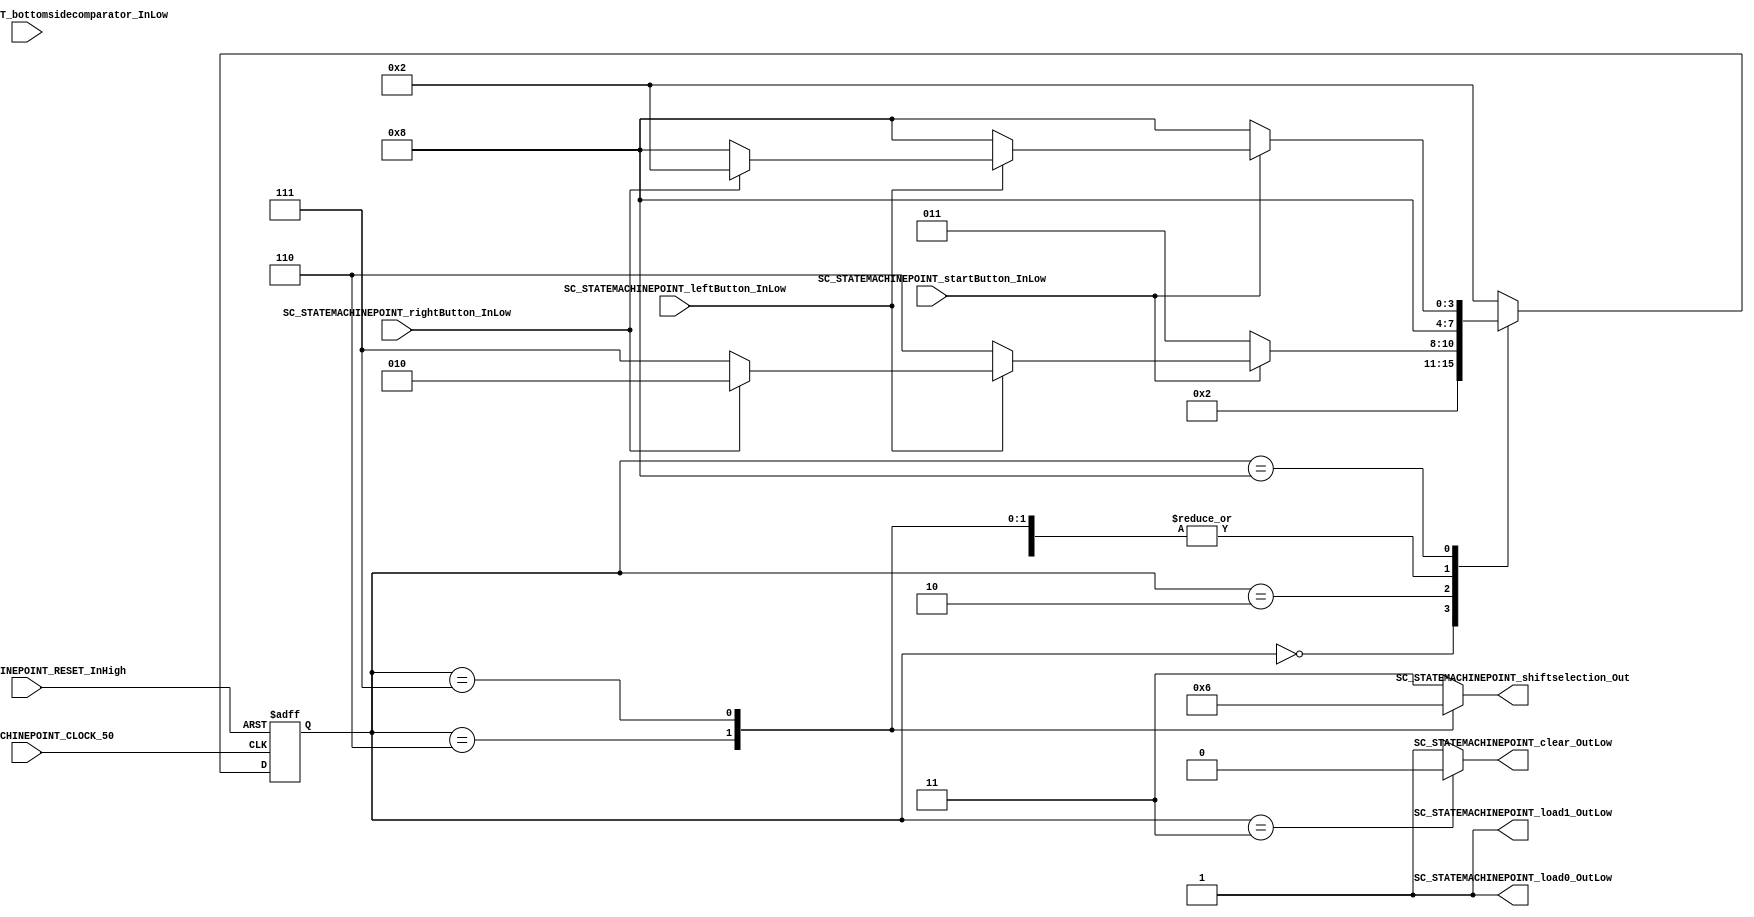
 ///*######################################################################
//#	G0B1T: HDL EXAMPLES. 2018.
//######################################################################
//# Copyright (C) 2018. F.E.Segura-Quijano (FES) fsegura@uniandes.edu.co
//# 
//# This program is free software: you can redistribute it and/or modify
//# it under the terms of the GNU General Public License as published by
//# the Free Software Foundation, version 3 of the License.
//#
//# This program is distributed in the hope that it will be useful,
//# but WITHOUT ANY WARRANTY; without even the implied warranty of
//# MERCHANTABILITY or FITNESS FOR A PARTICULAR PURPOSE.  See the
//# GNU General Public License for more details.
//#
//# You should have received a copy of the GNU General Public License
//# along with this program.  If not, see <http://www.gnu.org/licenses/>
//####################################################################*/
//=======================================================
//  MODULE Definition
//=======================================================
module SC_STATEMACHINEPOINT (
	//////////// OUTPUTS //////////
	SC_STATEMACHINEPOINT_clear_OutLow,
	SC_STATEMACHINEPOINT_load0_OutLow,
	SC_STATEMACHINEPOINT_load1_OutLow,
	SC_STATEMACHINEPOINT_shiftselection_Out,
	//////////// INPUTS //////////
	SC_STATEMACHINEPOINT_CLOCK_50,
	SC_STATEMACHINEPOINT_RESET_InHigh,
	SC_STATEMACHINEPOINT_startButton_InLow,
	SC_STATEMACHINEPOINT_leftButton_InLow,
	SC_STATEMACHINEPOINT_rightButton_InLow,
	SC_STATEMACHINEPOINT_bottomsidecomparator_InLow
);	
//=======================================================
//  PARAMETER declarations
//=======================================================
// states declaration
localparam STATE_RESET_0									= 0;
localparam STATE_START_0									= 1;
localparam STATE_CHECK_0									= 2;
localparam STATE_INIT_0										= 3;
localparam STATE_LEFT_0										= 6; 
localparam STATE_RIGHT_0									= 7;
localparam STATE_CHECK_1									= 8;
//=======================================================
//  PORT declarations
//=======================================================
output reg		SC_STATEMACHINEPOINT_clear_OutLow;
output reg		SC_STATEMACHINEPOINT_load0_OutLow;
output reg		SC_STATEMACHINEPOINT_load1_OutLow;
output reg		[1:0] SC_STATEMACHINEPOINT_shiftselection_Out;
input			SC_STATEMACHINEPOINT_CLOCK_50;
input 			SC_STATEMACHINEPOINT_RESET_InHigh;
input			SC_STATEMACHINEPOINT_startButton_InLow;
input			SC_STATEMACHINEPOINT_leftButton_InLow;
input			SC_STATEMACHINEPOINT_rightButton_InLow;
input			SC_STATEMACHINEPOINT_bottomsidecomparator_InLow;
//=======================================================
//  REG/WIRE declarations
//=======================================================
reg [3:0] STATE_Register;
reg [3:0] STATE_Signal;
//=======================================================
//  Structural coding
//=======================================================
//INPUT LOGIC: COMBINATIONAL
// NEXT STATE LOGIC : COMBINATIONAL
always @(*)
begin
	case (STATE_Register)
		STATE_RESET_0: STATE_Signal = STATE_START_0;
		STATE_START_0: STATE_Signal = STATE_CHECK_0;
		STATE_CHECK_0: if (SC_STATEMACHINEPOINT_startButton_InLow == 1'b0) STATE_Signal = STATE_INIT_0;
						else if (SC_STATEMACHINEPOINT_leftButton_InLow == 1'b0) STATE_Signal = STATE_LEFT_0;
						else if (SC_STATEMACHINEPOINT_rightButton_InLow == 1'b0) STATE_Signal = STATE_RIGHT_0;
						else STATE_Signal = STATE_CHECK_0;
		STATE_INIT_0: 	STATE_Signal = STATE_CHECK_1;
		STATE_LEFT_0:  	STATE_Signal = STATE_CHECK_1;
		STATE_RIGHT_0:  STATE_Signal = STATE_CHECK_1;

		STATE_CHECK_1: if (SC_STATEMACHINEPOINT_startButton_InLow == 1'b0) STATE_Signal = STATE_CHECK_1;
						else if (SC_STATEMACHINEPOINT_leftButton_InLow == 1'b0) STATE_Signal = STATE_CHECK_1;
						else if (SC_STATEMACHINEPOINT_rightButton_InLow == 1'b0) STATE_Signal = STATE_CHECK_1;
						else STATE_Signal = STATE_CHECK_0;

		default : 		STATE_Signal = STATE_CHECK_0;
	endcase
end
// STATE REGISTER : SEQUENTIAL
always @ ( posedge SC_STATEMACHINEPOINT_CLOCK_50 , posedge SC_STATEMACHINEPOINT_RESET_InHigh)
begin
	if (SC_STATEMACHINEPOINT_RESET_InHigh == 1'b1)
		STATE_Register <= STATE_RESET_0;
	else
		STATE_Register <= STATE_Signal;
end
//=======================================================
//  Outputs
//=======================================================
// OUTPUT LOGIC : COMBINATIONAL
always @ (*)
begin
	case (STATE_Register)
//=========================================================
// STATE_RESET
//=========================================================
	STATE_RESET_0 :	
		begin
			SC_STATEMACHINEPOINT_clear_OutLow = 1'b1;
			SC_STATEMACHINEPOINT_load0_OutLow = 1'b1;
			SC_STATEMACHINEPOINT_load1_OutLow = 1'b1;
			SC_STATEMACHINEPOINT_shiftselection_Out  = 2'b11; 
		end
//=========================================================
// STATE_START
//=========================================================
	STATE_START_0 :	
		begin
			SC_STATEMACHINEPOINT_clear_OutLow = 1'b1;
			SC_STATEMACHINEPOINT_load0_OutLow = 1'b1;
			SC_STATEMACHINEPOINT_load1_OutLow = 1'b1;
			SC_STATEMACHINEPOINT_shiftselection_Out  = 2'b11; 
		end
//=========================================================
// STATE_CHECK
//=========================================================
	STATE_CHECK_0 :
		begin
			SC_STATEMACHINEPOINT_clear_OutLow = 1'b1;
			SC_STATEMACHINEPOINT_load0_OutLow = 1'b1;
			SC_STATEMACHINEPOINT_load1_OutLow = 1'b1;
			SC_STATEMACHINEPOINT_shiftselection_Out  = 2'b11; 
		end
//=========================================================
// STATE_CHECK
//=========================================================
	STATE_CHECK_1 :
		begin
			SC_STATEMACHINEPOINT_clear_OutLow = 1'b1;
			SC_STATEMACHINEPOINT_load0_OutLow = 1'b1;
			SC_STATEMACHINEPOINT_load1_OutLow = 1'b1;
			SC_STATEMACHINEPOINT_shiftselection_Out  = 2'b11; 
		end
//=========================================================
// STATE_INIT_0
//=========================================================
	STATE_INIT_0 :	
		begin
			SC_STATEMACHINEPOINT_clear_OutLow = 1'b0;
			SC_STATEMACHINEPOINT_load0_OutLow = 1'b1;
			SC_STATEMACHINEPOINT_load1_OutLow = 1'b1;
			SC_STATEMACHINEPOINT_shiftselection_Out  = 2'b11; 
		end
//=========================================================
// STATE_LEFT_0
//=========================================================
	STATE_LEFT_0 :	
		begin
			SC_STATEMACHINEPOINT_clear_OutLow = 1'b1;
			SC_STATEMACHINEPOINT_load0_OutLow = 1'b1;
			SC_STATEMACHINEPOINT_load1_OutLow = 1'b1;
			SC_STATEMACHINEPOINT_shiftselection_Out  = 2'b01; 
		end
//=========================================================
// STATE_RIGHT_0
//=========================================================
	STATE_RIGHT_0 :	
		begin
			SC_STATEMACHINEPOINT_clear_OutLow = 1'b1;
			SC_STATEMACHINEPOINT_load0_OutLow = 1'b1;
			SC_STATEMACHINEPOINT_load1_OutLow = 1'b1;
			SC_STATEMACHINEPOINT_shiftselection_Out  = 2'b10; 
		end

//=========================================================
// DEFAULT
//=========================================================
	default :
		begin
			SC_STATEMACHINEPOINT_clear_OutLow = 1'b1;
			SC_STATEMACHINEPOINT_load0_OutLow = 1'b1;
			SC_STATEMACHINEPOINT_load1_OutLow = 1'b1;
			SC_STATEMACHINEPOINT_shiftselection_Out  = 2'b11; 
		end
	endcase
end
endmodule